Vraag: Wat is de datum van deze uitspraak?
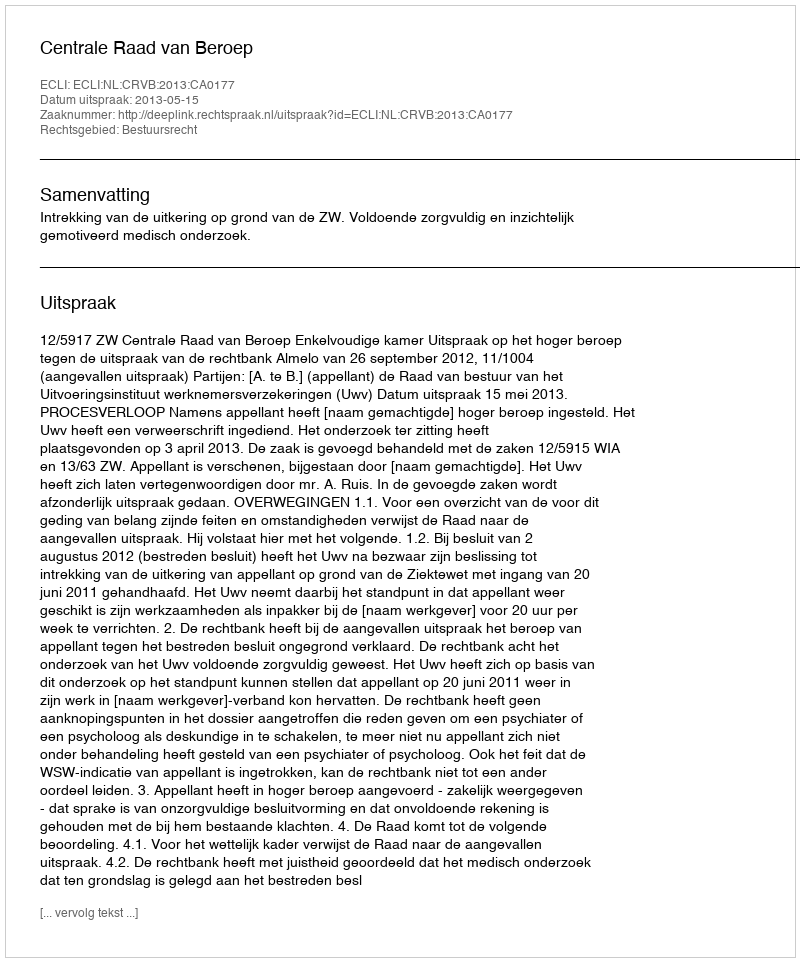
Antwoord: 2013-05-15